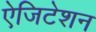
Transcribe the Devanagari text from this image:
ऐजिटेशन